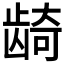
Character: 𬺈